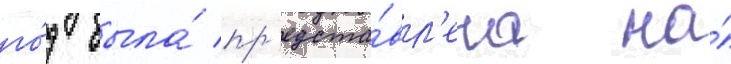
го́д была́ пр'едста́вл'ена на́